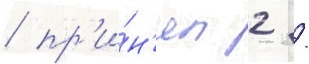
/ пр'и́н'ял 2 /